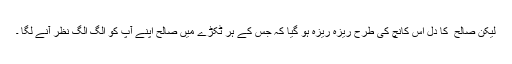
لیکن صالح ؔ کا دل اُس کانچ کی طرح ریزہ ریزہ ہو گیا کہ جس کے ہر ٹکڑے میں صالحؔ اپنے آپ کو الگ الگ نظر آنے لگا ۔